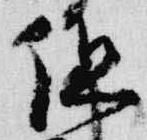
但